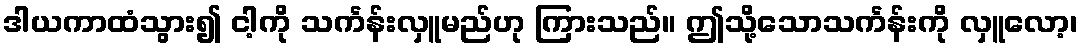
ဒါယကာထံသွား၍ ငါ့ကို သင်္ကန်းလှူမည်ဟု ကြားသည်။ ဤသို့သောသင်္ကန်းကို လှူလော့၊